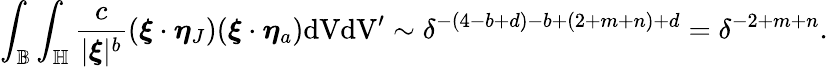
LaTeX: \int_{\mathbb{B}}\int_{\mathbb{H}}\frac{c}{|\boldsymbol{\xi}|^{b}}(\boldsymbol{\xi}\cdot\boldsymbol{\eta}_{J})(\boldsymbol{\xi}\cdot\boldsymbol{\eta}_{a})\textup{dVdV}^{\prime}\sim\delta^{-(4-b+d)-b+(2+m+n)+d}=\delta^{-2+m+n}.